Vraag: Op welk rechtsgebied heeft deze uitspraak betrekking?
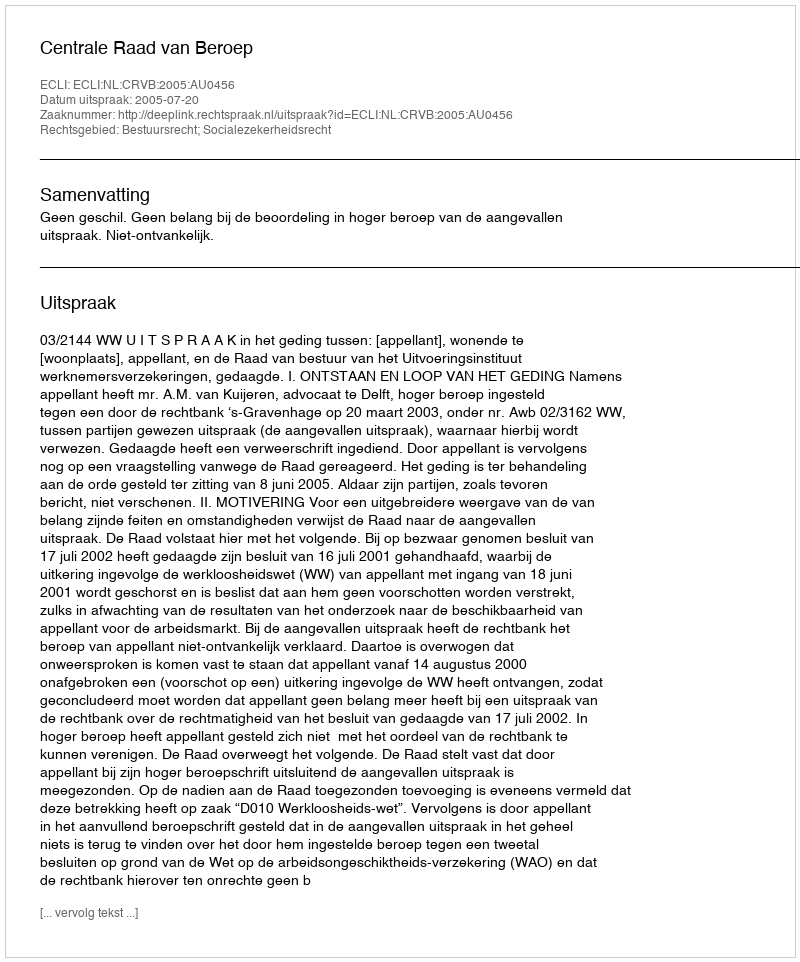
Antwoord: Bestuursrecht; Socialezekerheidsrecht